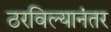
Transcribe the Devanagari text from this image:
ठरविल्यानंतर